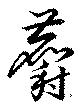
麝